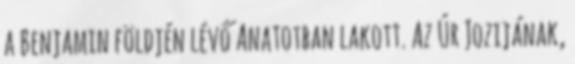
a Benjamin földjén lévő Anatotban lakott. Az Úr Jozijának,